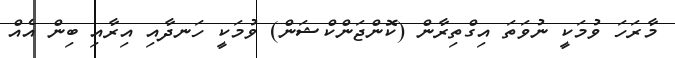
މާރަހަ ވުމަކީ ނުވަތަ އިގްތިރާން (ކޮންޖަންކްޝަން) ވުމަކީ ހަނދާއި އިރާއި ބިން އެއް